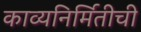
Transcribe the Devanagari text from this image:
काव्यनिर्मितीची